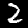
Digit: 2